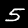
Label: 5